65_HS1-834228961_62-HQ-83894_Section_3
Agency: FBI
Page 178
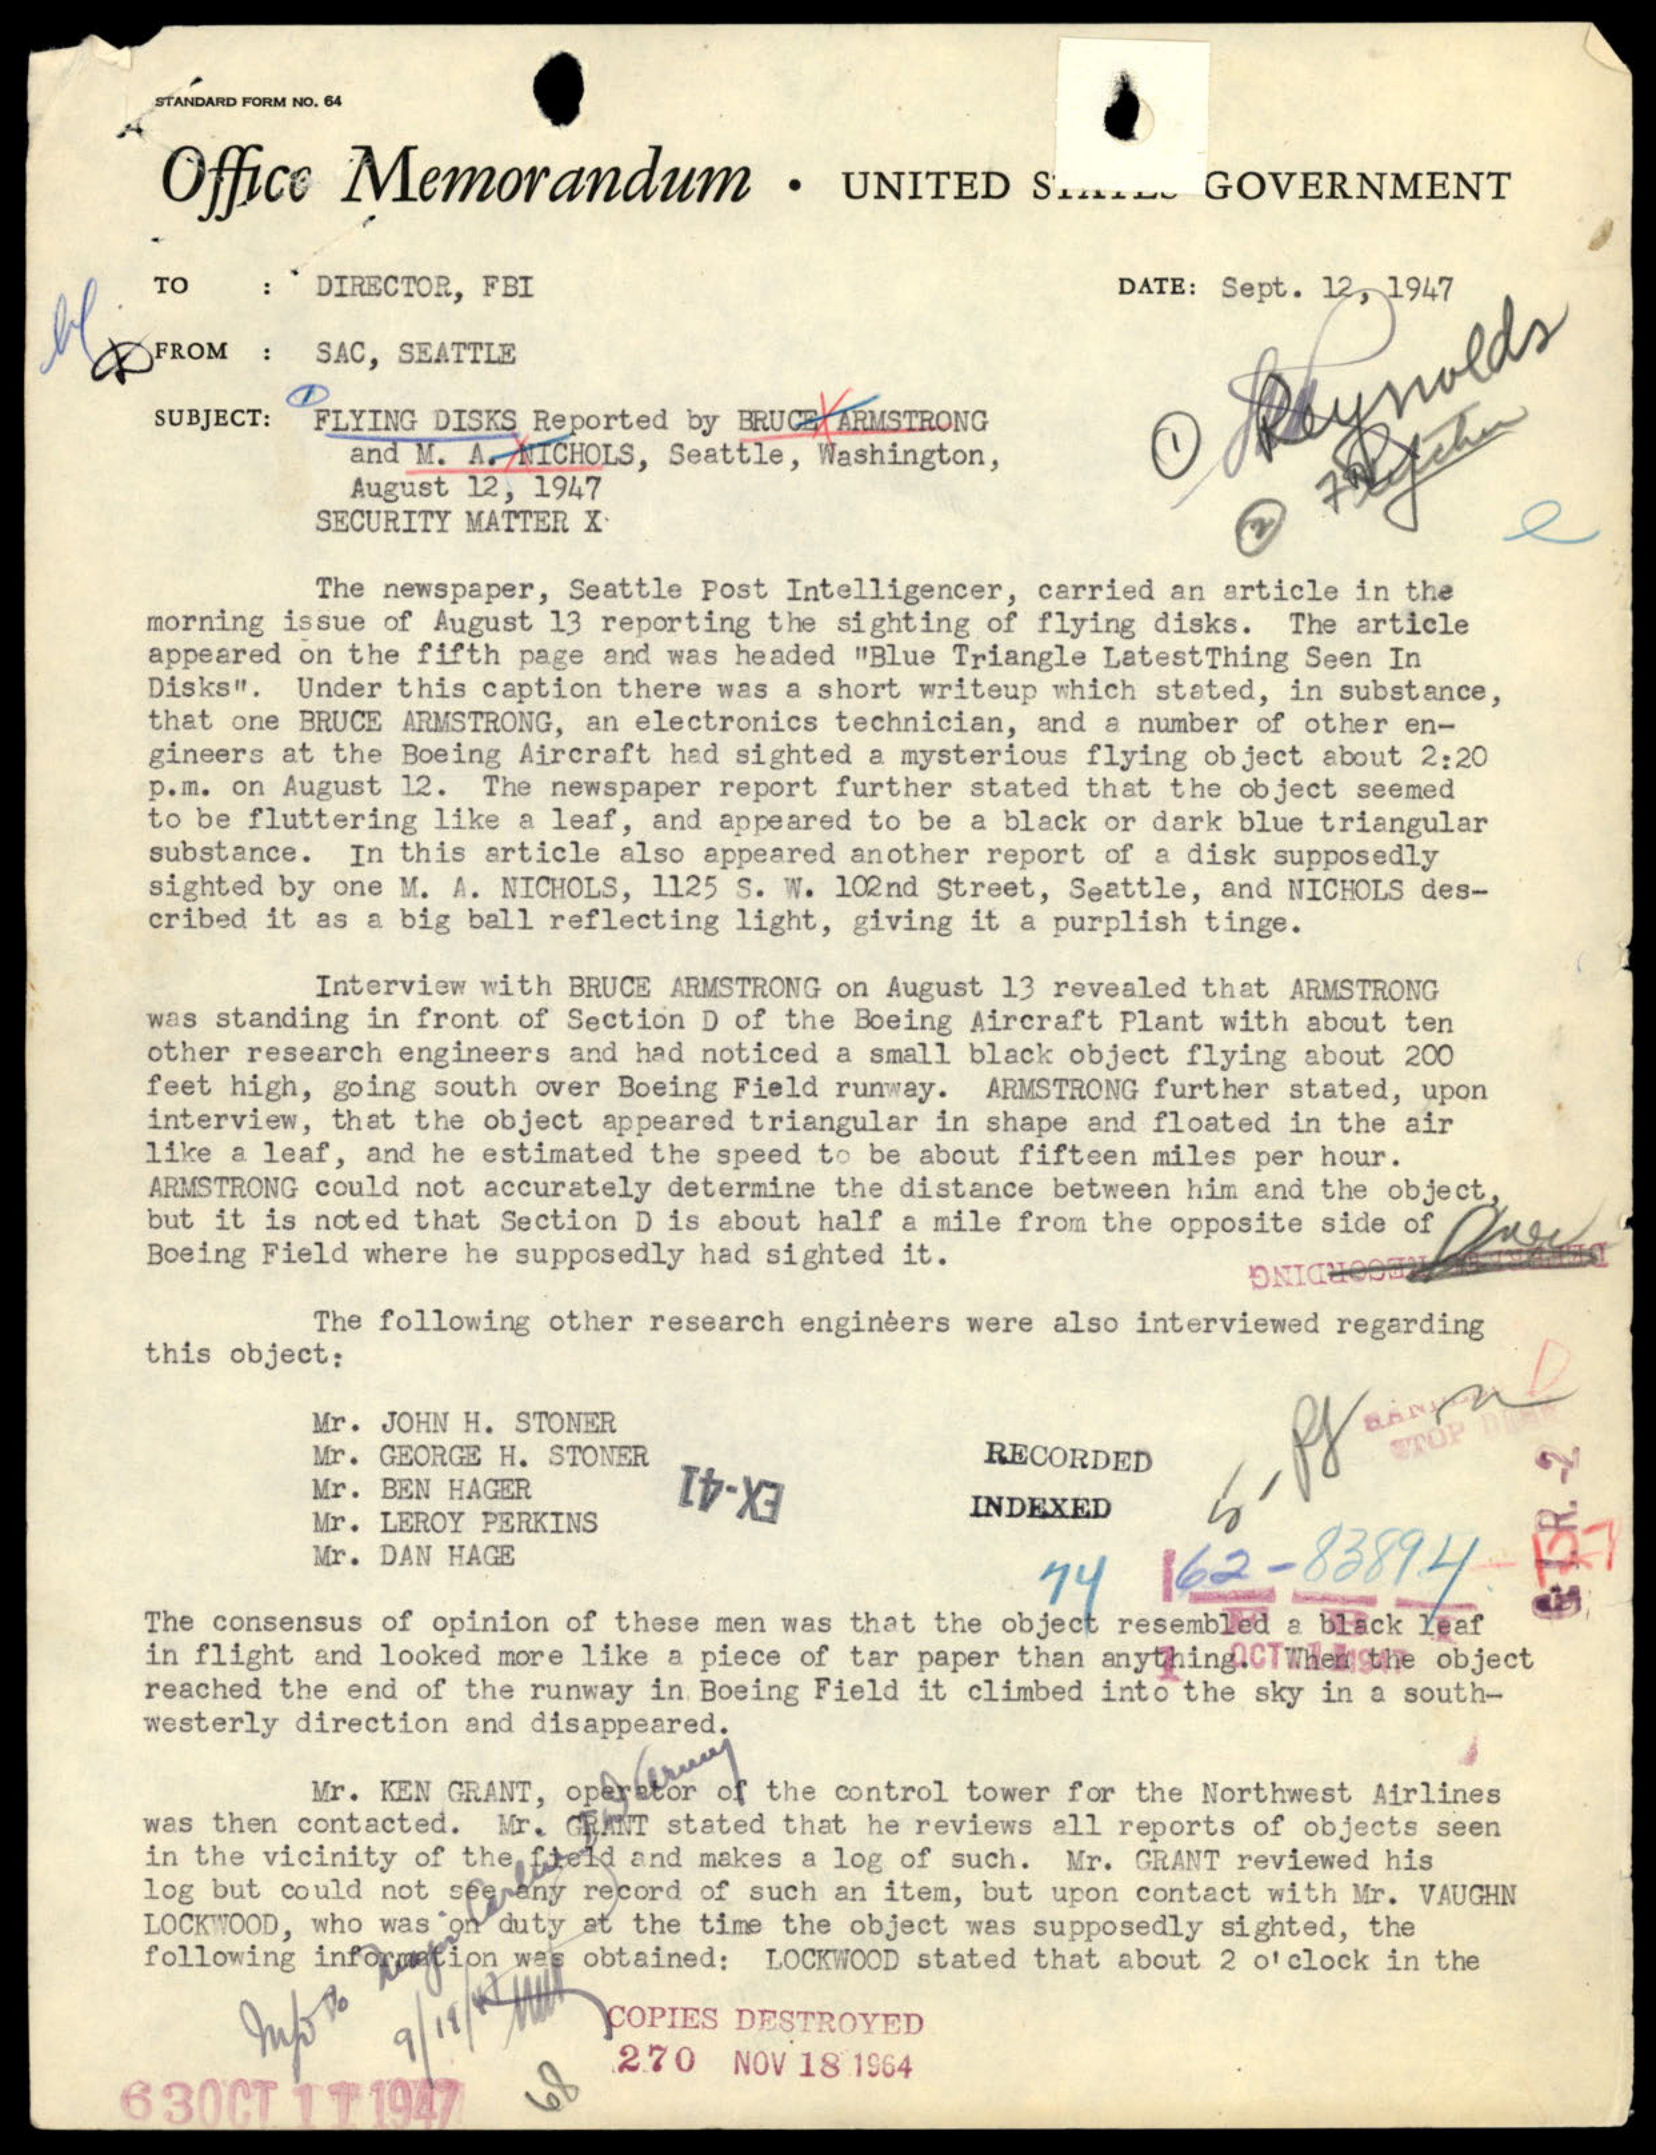